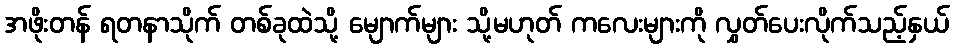
အဖိုးတန် ရတနာသိုက် တစ်ခုထဲသို့ မျောက်များ သို့မဟုတ် ကလေးများကို လွှတ်ပေးလိုက်သည့်နှယ်